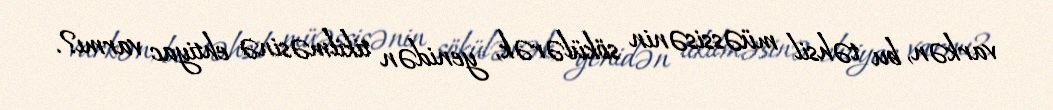
varkən, bu təhsil müəssisənin sökülərək, yenidən tikilməsinə ehtiyac varmı?.